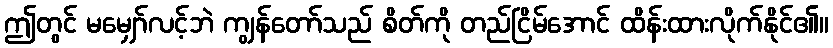
ဤတွင် မမျှော်လင့်ဘဲ ကျွန်တော်သည် စိတ်ကို တည်ငြိမ်အောင် ထိန်းထားလိုက်နိုင်၏။